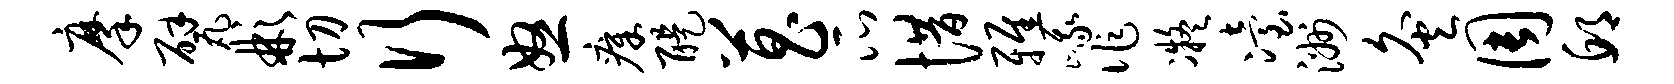
摩甓彬切行怒瘴醍菖瓜惜雅峨作凝冶洲灸周邱